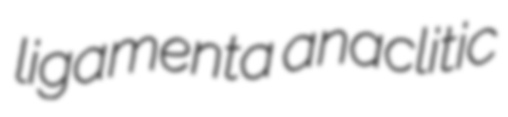
ligamenta anaclitic